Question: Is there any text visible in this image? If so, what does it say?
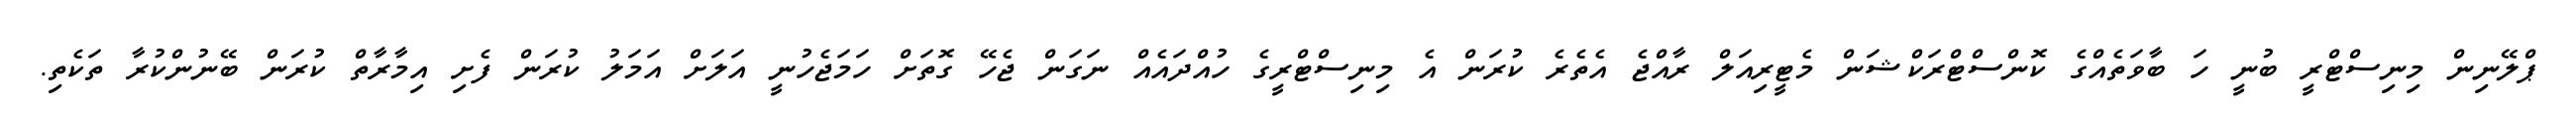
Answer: ޕްލޭނިން މިނިސްޓްރީ ބުނީ ހަ ބާވަތެއްގެ ކޮންސްޓްރަކްޝަން މެޓީރިއަލް ރާއްޖެ އެތެރެ ކުރަން އެ މިނިސްޓްރީގެ ހުއްދައެއް ނަގަން ޖެހޭ ގޮތަށް ހަމަޖެހުނީ އަލަށް އަމަލު ކުރަން ފެށި އިމާރާތް ކުރަން ބޭނުންކުރާ ތަކެތި.